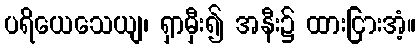
ပရိယေသေယျ၊ ရှာမှီး၍ အနီး၌ ထားငြားအံ့။